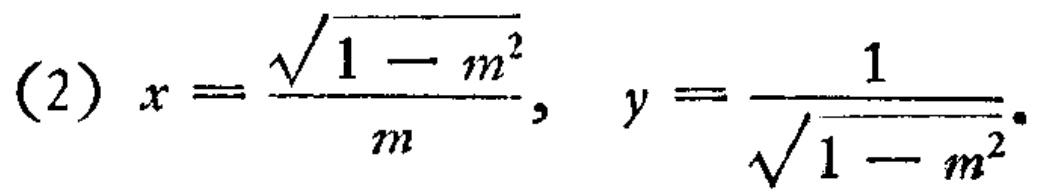
(2) \(x = \frac{\sqrt{1 - m^{2}}}{m}, \ y = \frac{1}{\sqrt{1 - m^{2}}}\)